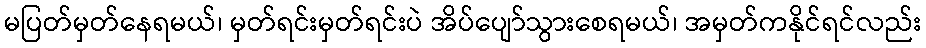
မပြတ်မှတ်နေရမယ်၊ မှတ်ရင်းမှတ်ရင်းပဲ အိပ်ပျော်သွားစေရမယ်၊ အမှတ်ကနိုင်ရင်လည်း